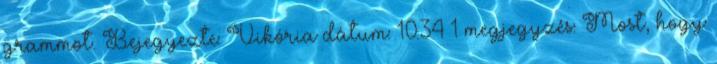
grammot. Bejegyezte: Vikória dátum: 10:34 1 megjegyzés: Most, hogy